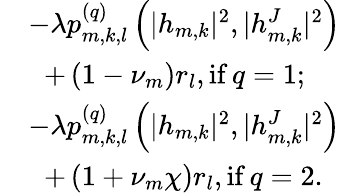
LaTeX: \begin{array}{rl}&{-\lambda p_{m,k,l}^{(q)}\left(|h_{m,k}|^{2},|h_{m,k}^{J}|^{2}\right)}\\ &{\; \; +\left(1-\nu_{m}\right)r_{l},{\mathrm{if}}\, q=1;}\\ &{-\lambda p_{m,k,l}^{(q)}\left(|h_{m,k}|^{2},|h_{m,k}^{J}|^{2}\right)}\\ &{\; \; +\left(1+\nu_{m}\chi\right)r_{l},{\mathrm{if}}\, q=2.}\end{array}